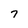
Character: 7